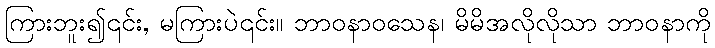
ကြားဘူး၍၎င်း, မကြားပဲ၎င်း။ ဘာဝနာဝသေန၊ မိမိအလိုလိုသာ ဘာဝနာကို